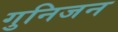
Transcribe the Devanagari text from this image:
गुनिजन